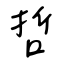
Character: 哲